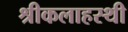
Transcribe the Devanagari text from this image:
श्रीकलाहस्थी